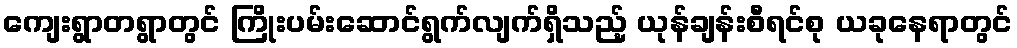
ကျေးရွာတရွာတွင် ကြိုးပမ်းဆောင်ရွက်လျက်ရှိသည့် ယုန်ချန်းစီရင်စု ယခုနေရာတွင်